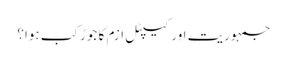
جمہوریت اور کیپٹل ازم کا جوڑ کب ہوا؟